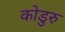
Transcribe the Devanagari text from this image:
कोडुरु